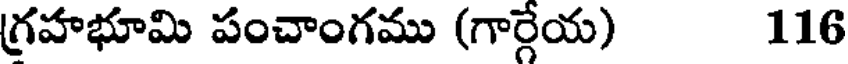
గ్రహభూమి పంచాంగము (గార్గేయ) 116